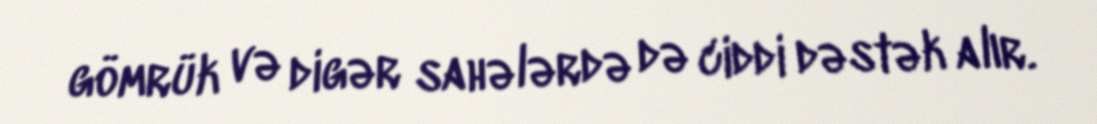
gömrük və digər sahələrdə də ciddi dəstək alır.